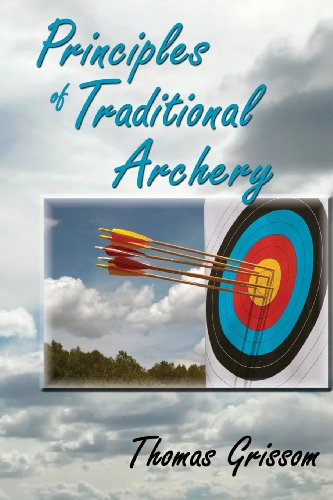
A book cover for Principles of Traditional Archery; Thomas Grissom; Sports & Outdoors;